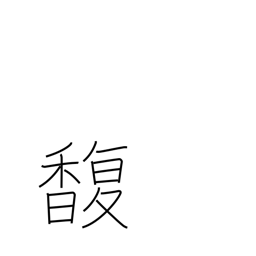
Meaning: perfume